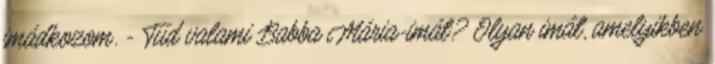
imádkozom. - Tud valami Babba Mária-imát? Olyan imát, amelyikben